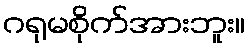
ဂရုမစိုက်အားဘူး။